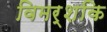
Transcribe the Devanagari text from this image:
विमर्शकि